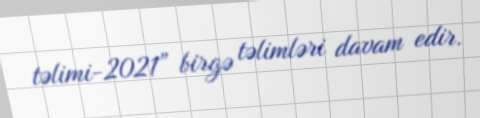
təlimi-2021” birgə təlimləri davam edir.